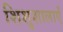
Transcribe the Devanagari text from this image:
शिशुशालाएँ